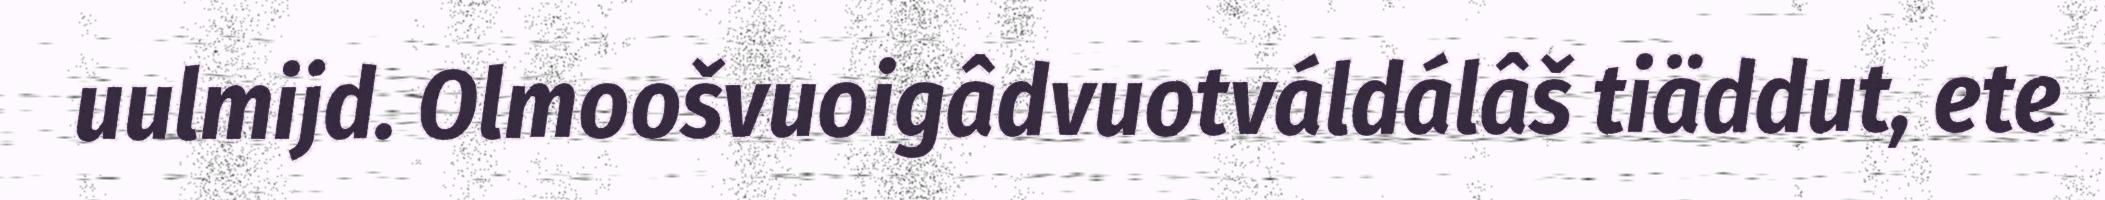
uulmijd. Olmoošvuoigâdvuotváldálâš tiäddut, ete